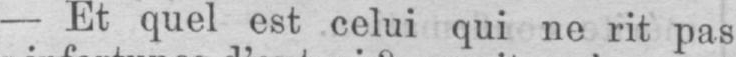
- Et quel est celui qui ne rit pas